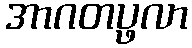
အာဂတပ္ဖလာ